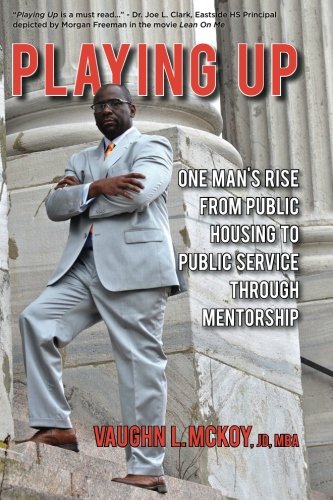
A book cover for Playing Up: One Man's Rise From Public Housing To Public Service Through Mentorship; Mr. Vaughn L. McKoy; Business & Money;